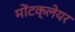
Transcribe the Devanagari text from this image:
मोंटक्लेयर